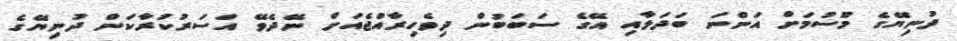
ދުނިޔޭގެ މޫސުމަށް އަންނަ ބަދަލާއި އޭގެ ސަބަބުން ދިވެހިރާއްޖެއަށް ނޭދެވޭ އަސަރުކުރާކަން ދުނިޔޭގެ